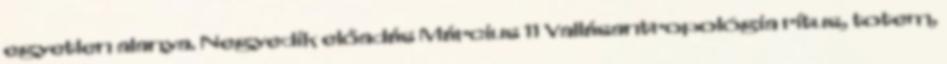
egyetlen alanya. Negyedik előadás Március 11 Vallásantropológia rítus, totem,